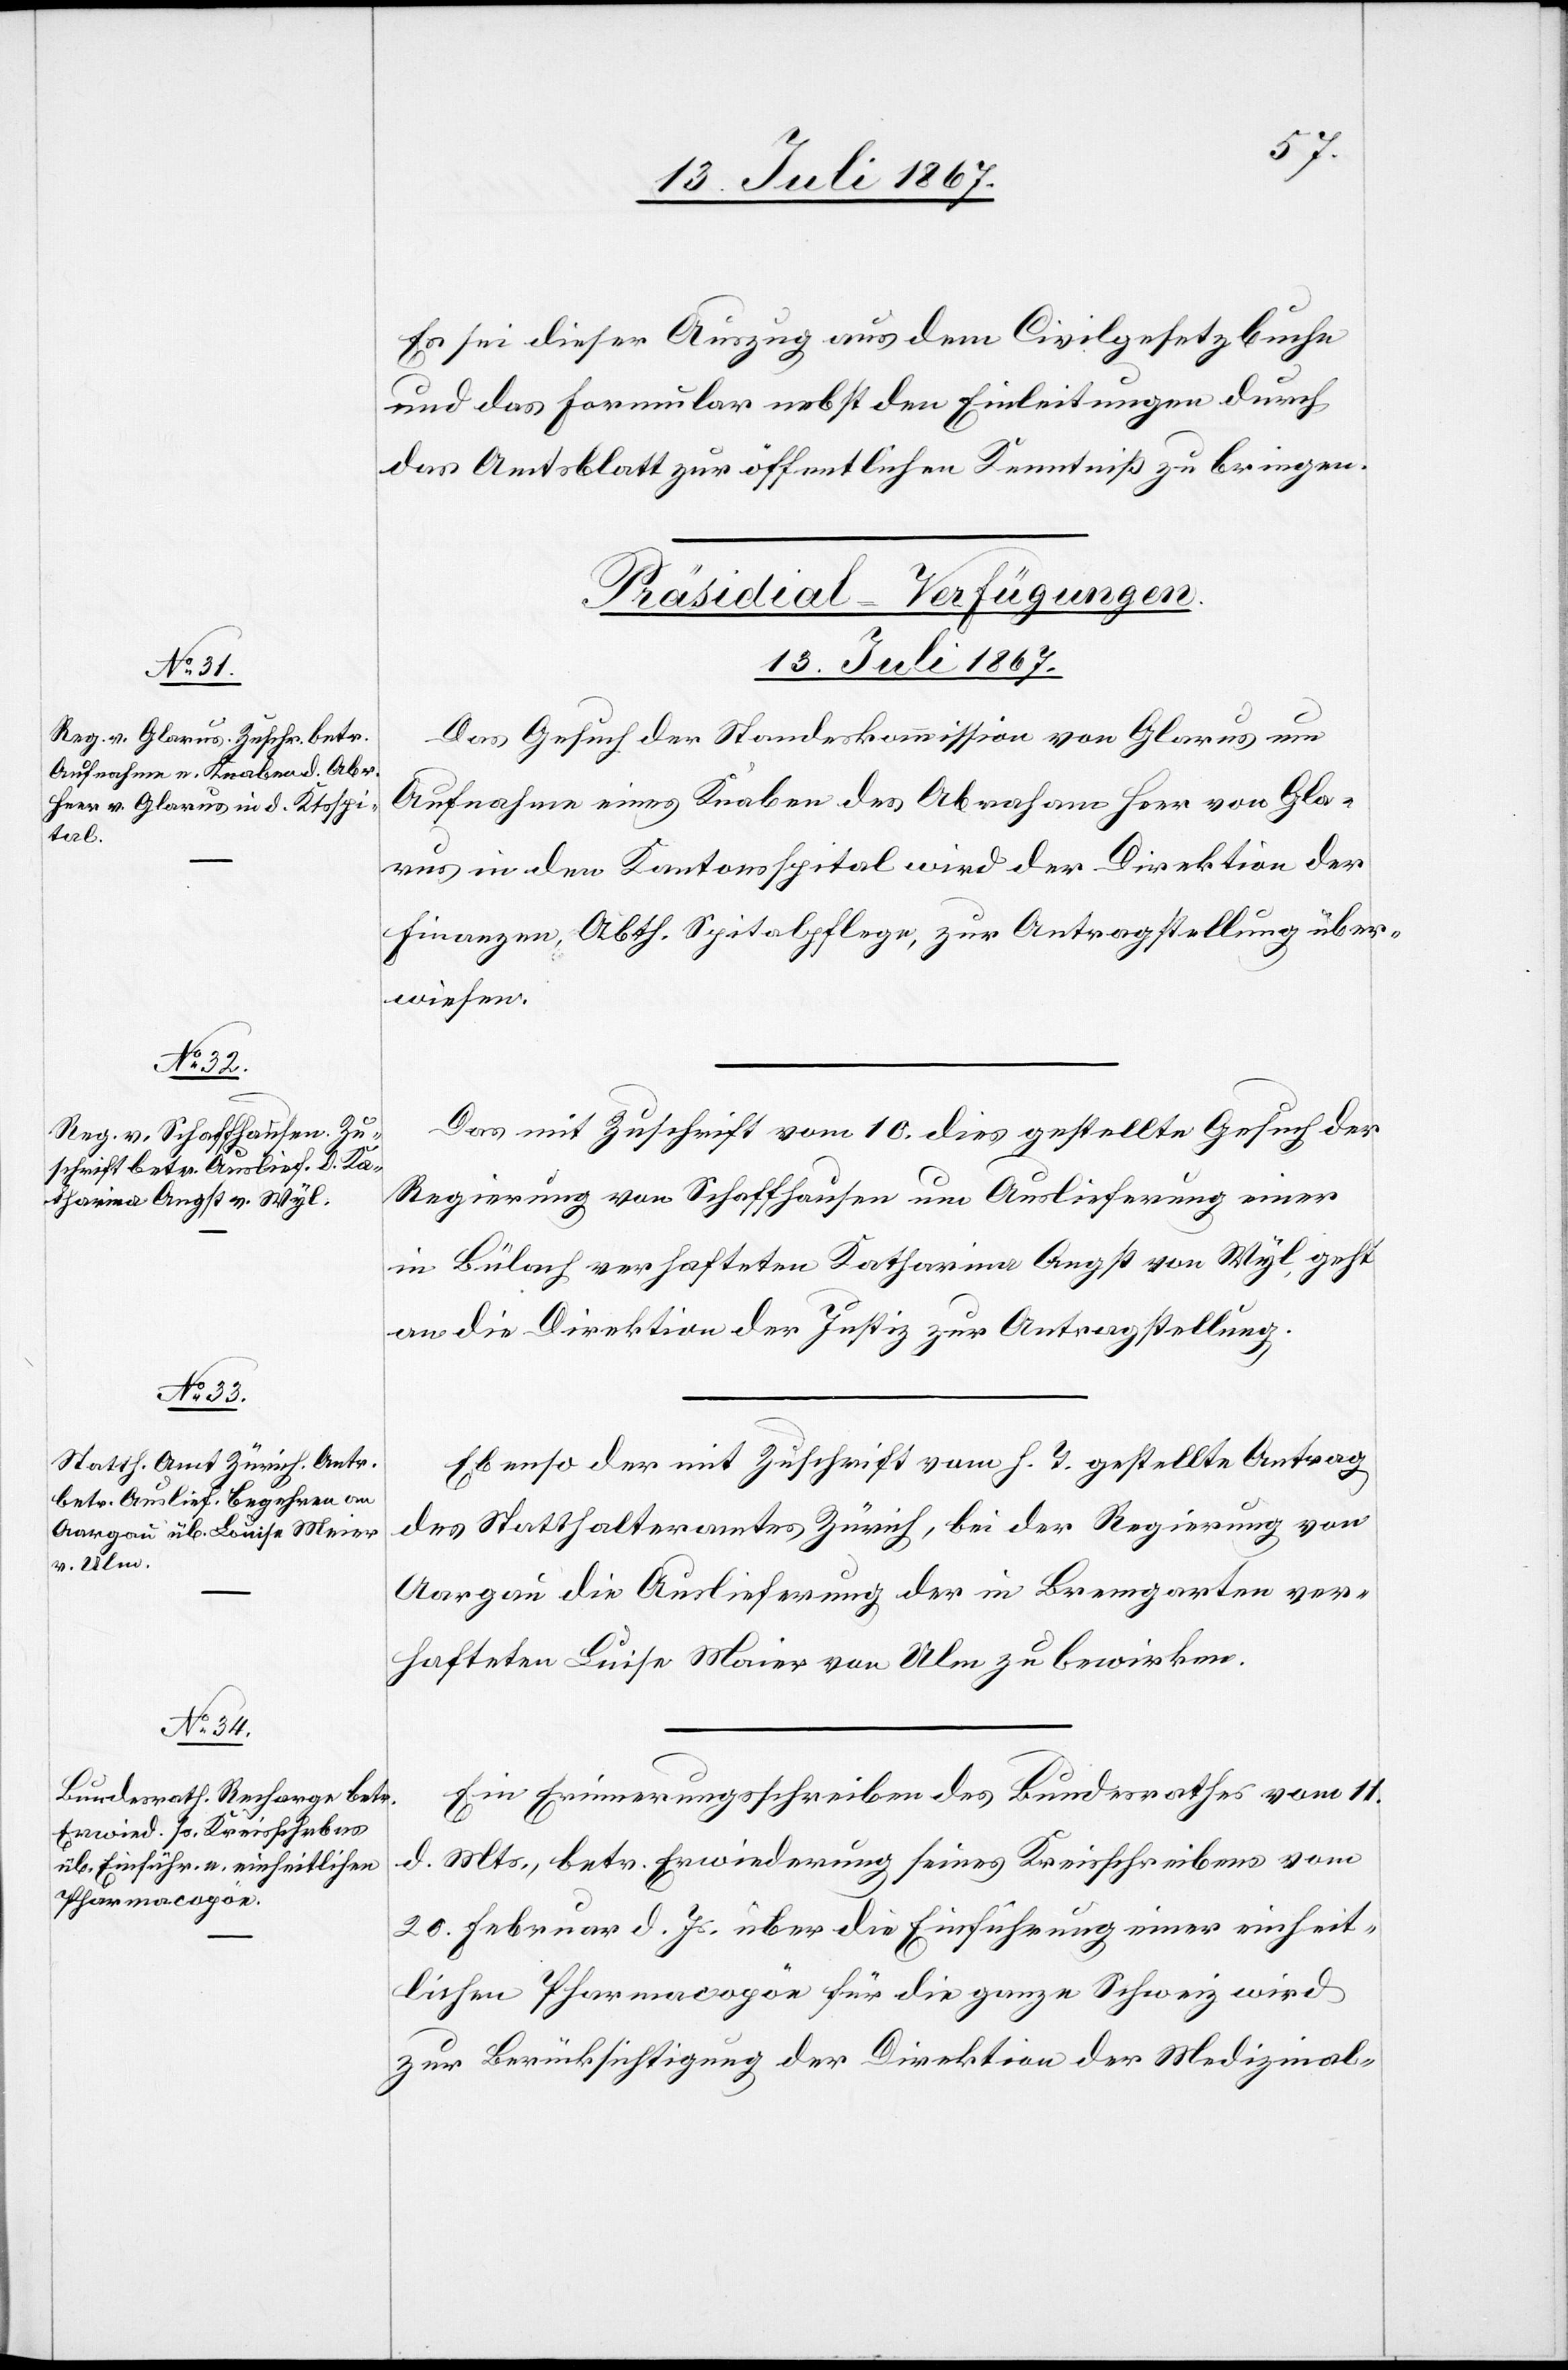
13. Juli 1867.]
Es sei dieser Auszug aus dem Civilgesetzbuche
und das Formular nebst den Einleitungen durch
das Amtsblatt zur öffentlichen Kenntniß zu bringen.
[Präsidial-Verfügungen.
13. Juli 1867.
Das Gesuch der Standeskomission von Glarus um
Aufnahme eines Knaben des Abraham Heer von Gla¬
rus in den Kantonsspital wird der Direktion der
Finanzen, Abth. Spitalpflege, zur Antragstellung über¬
wiesen.
Das mit Zuschrift vom 10. dies gestellte Gesuch der
Regierung von Schaffhausen um Auslieferung einer
in Bülach verhafteten Katharina Angst von Wyl geht
an die Direktion der Justiz zur Antragstellung.
Ebenso der mit Zuschrift vom h. T. gestellte Antrag
des Statthalteramtes Zürich, bei der Regierung von
Aargau die Auslieferung der in Bremgarten ver¬
hafteten Luisa Meier [sic!] von Ulm zu bewirken.
Ein Erinnerungsschreiben des Bundesrathes vom 11.
d. Mts., betr. Erwiederung seines Kreisschreibens vom
20. Februar d. Js. über die Einführung einer einheit¬
lichen Pharmacopöe für die ganze Schweiz wird
zur Berücksichtigung der Direktion der Medizinal-